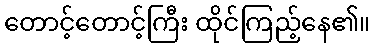
တောင့်တောင့်ကြီး ထိုင်ကြည့်နေ၏။